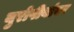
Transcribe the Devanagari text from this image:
युरोपीयांवर